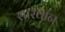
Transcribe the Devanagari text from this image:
सारवान